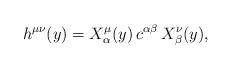
\begin{align*}h^{\mu \nu}(y) = X^\mu_\alpha(y) \, c^{\alpha \beta} \,X^\nu_\beta(y),\end{align*}